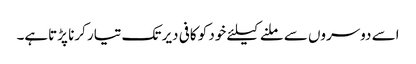
اسے دوسروں سے ملنے کیلئے خود کو کافی دیر تک تیار کرنا پڑتاہے۔